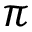
\pi